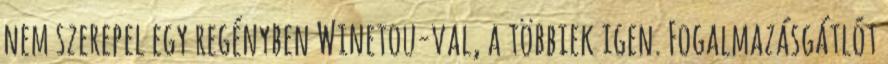
nem szerepel egy regényben Winetou-val, a többiek igen. Fogalmazásgátlót